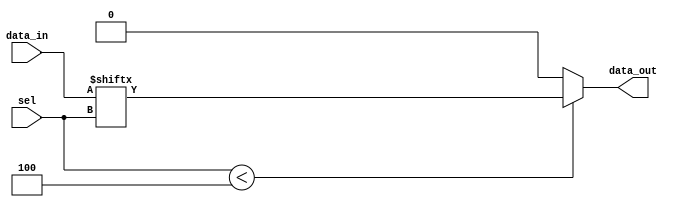
module Param_MUX #(parameter N = 4) (
    input  wire [N-1:0] data_in,  // Data inputs
    input  wire [clog2(N)-1:0] sel, // Select lines (log2(N) bits)
    output reg  data_out           // Output
);

// Function to calculate the ceiling of log2
function integer clog2;
    input integer value;
    begin
        value = value - 1;
        for (clog2 = 0; value > 0; clog2 = clog2 + 1)
            value = value >> 1;
    end
endfunction

// Always block to select the output based on the select lines
always @(*) begin
    if (sel < N) begin
        data_out = data_in[sel];  // Route the selected input to the output
    end else begin
        data_out = 1'b0;           // Default output for out-of-range select (can be customized)
        // Alternatively, you can use a different signal or error indication if needed
    end
end

endmodule